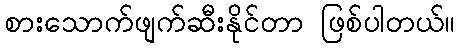
စားသောက်ဖျက်ဆီးနိုင်တာ ဖြစ်ပါတယ်။